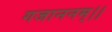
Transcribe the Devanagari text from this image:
गजाननम्।।